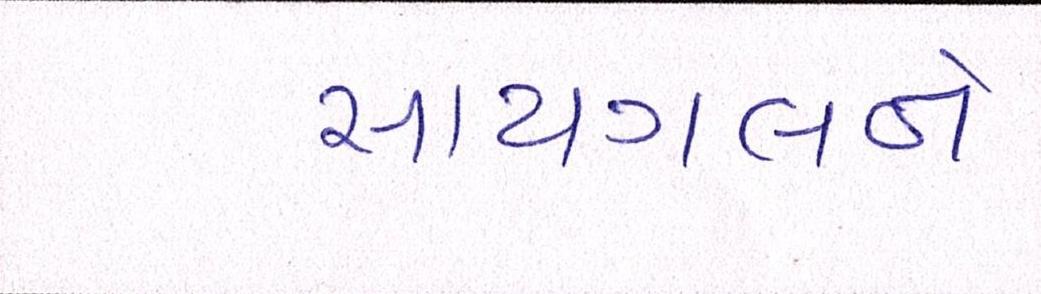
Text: સાયગલને